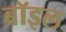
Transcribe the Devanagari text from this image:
ब्रॉइल